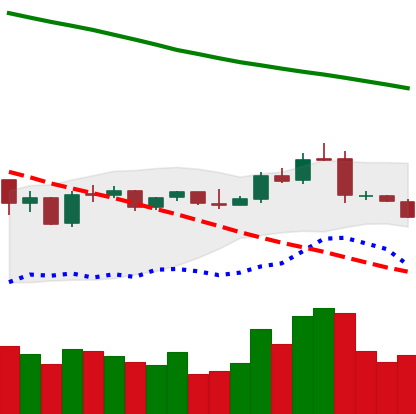
Ticker: NEO-USD
Chart end date: 2019-01-13
Forward return: 6.879%
Label: up_5_7